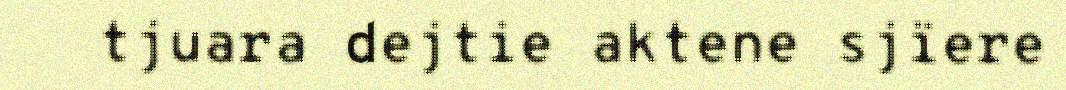
tjuara dejtie aktene sjïere